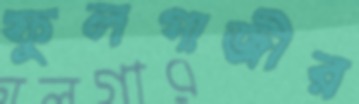
ফুলগাজীর